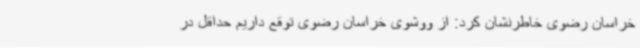
خراسان رضوی خاطرنشان کرد: از ووشوی خراسان رضوی توقع داریم حداقل در